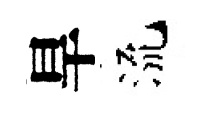
旱流